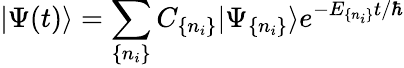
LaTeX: |\Psi(t)\rangle=\sum_{\{ n_{i}\} }C_{\{ n_{i}\} }|\Psi_{\{ n_{i}\} }\rangle e^{-E_{\{ n_{i}\} }t/\hbar}